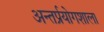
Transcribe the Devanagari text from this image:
अन्तर्प्रयोगशाला